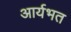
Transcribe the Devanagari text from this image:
आर्यभत